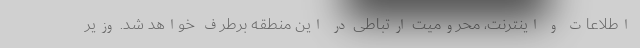
اطلاعات و اینترنت، محرومیت ارتباطی در این منطقه برطرف خواهد شد. وزیر